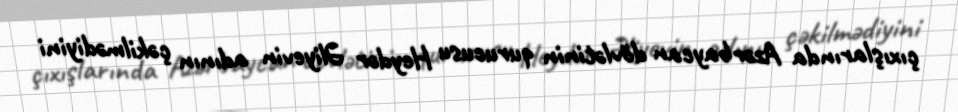
çıxışlarında Azərbaycan dövlətinin qurucusu Heydər Əliyevin adının çəkilmədiyini